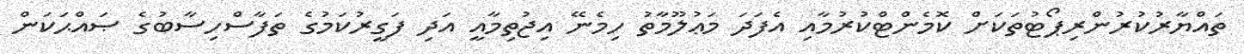
ތައްޔާރުކުރުންރިޕޯޓުތަކަށް ކޮމެންޓްކުރުމާއި އެފަދަ މަޢުލޫމާތު ހިމެނޭ އިޖުތިމާއީ އަދި ފަގީރުކަމުގެ ތަފާސްހިސާބުގެ ޞައްޙަކަން